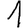
Digit: 1